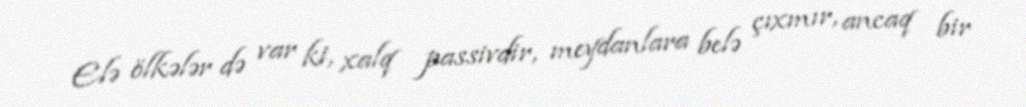
Elə ölkələr də var ki, xalq passivdir, meydanlara belə çıxmır, ancaq bir